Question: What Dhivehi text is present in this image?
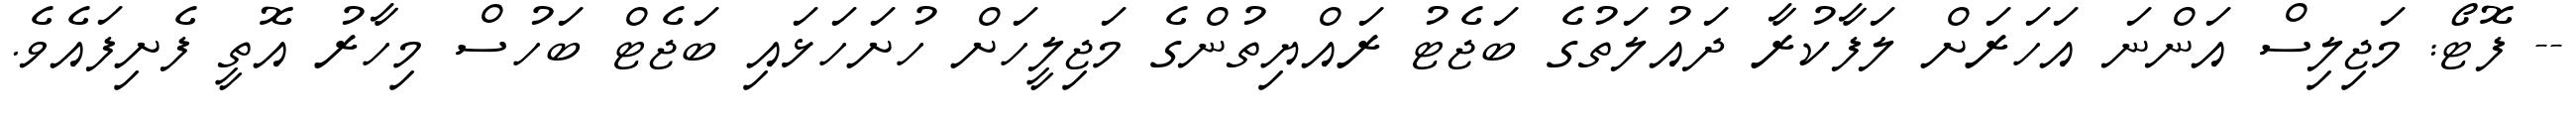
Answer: -- ފޮޓޯ: މަޖިލިސް އަންނަ އަހަރަށް ލަފާކުރާ ދައުލަތުގެ ބަޖެޓު ރައްޔިތުންގެ މަޖިލީހަށް ހުށަހަޅައި ބަޖެޓް ބަހުސް މިހާރު އޮތީ ފެށިފައެވެ.